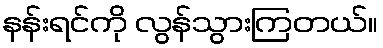
နန်းရင်ကို လွန်သွားကြတယ်။